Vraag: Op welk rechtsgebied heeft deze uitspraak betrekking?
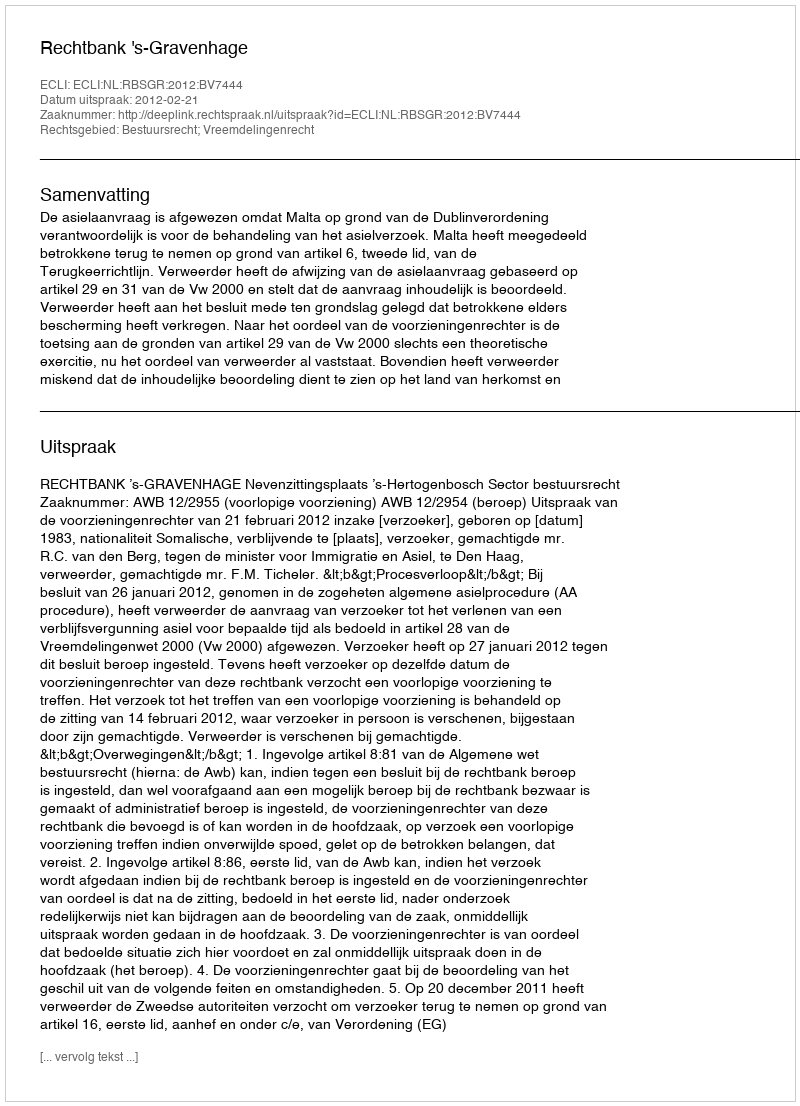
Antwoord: Bestuursrecht; Vreemdelingenrecht